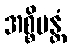
အစ္စိမန္တံ